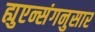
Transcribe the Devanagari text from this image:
ह्युएन्संगनुसार